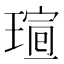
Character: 𤧺